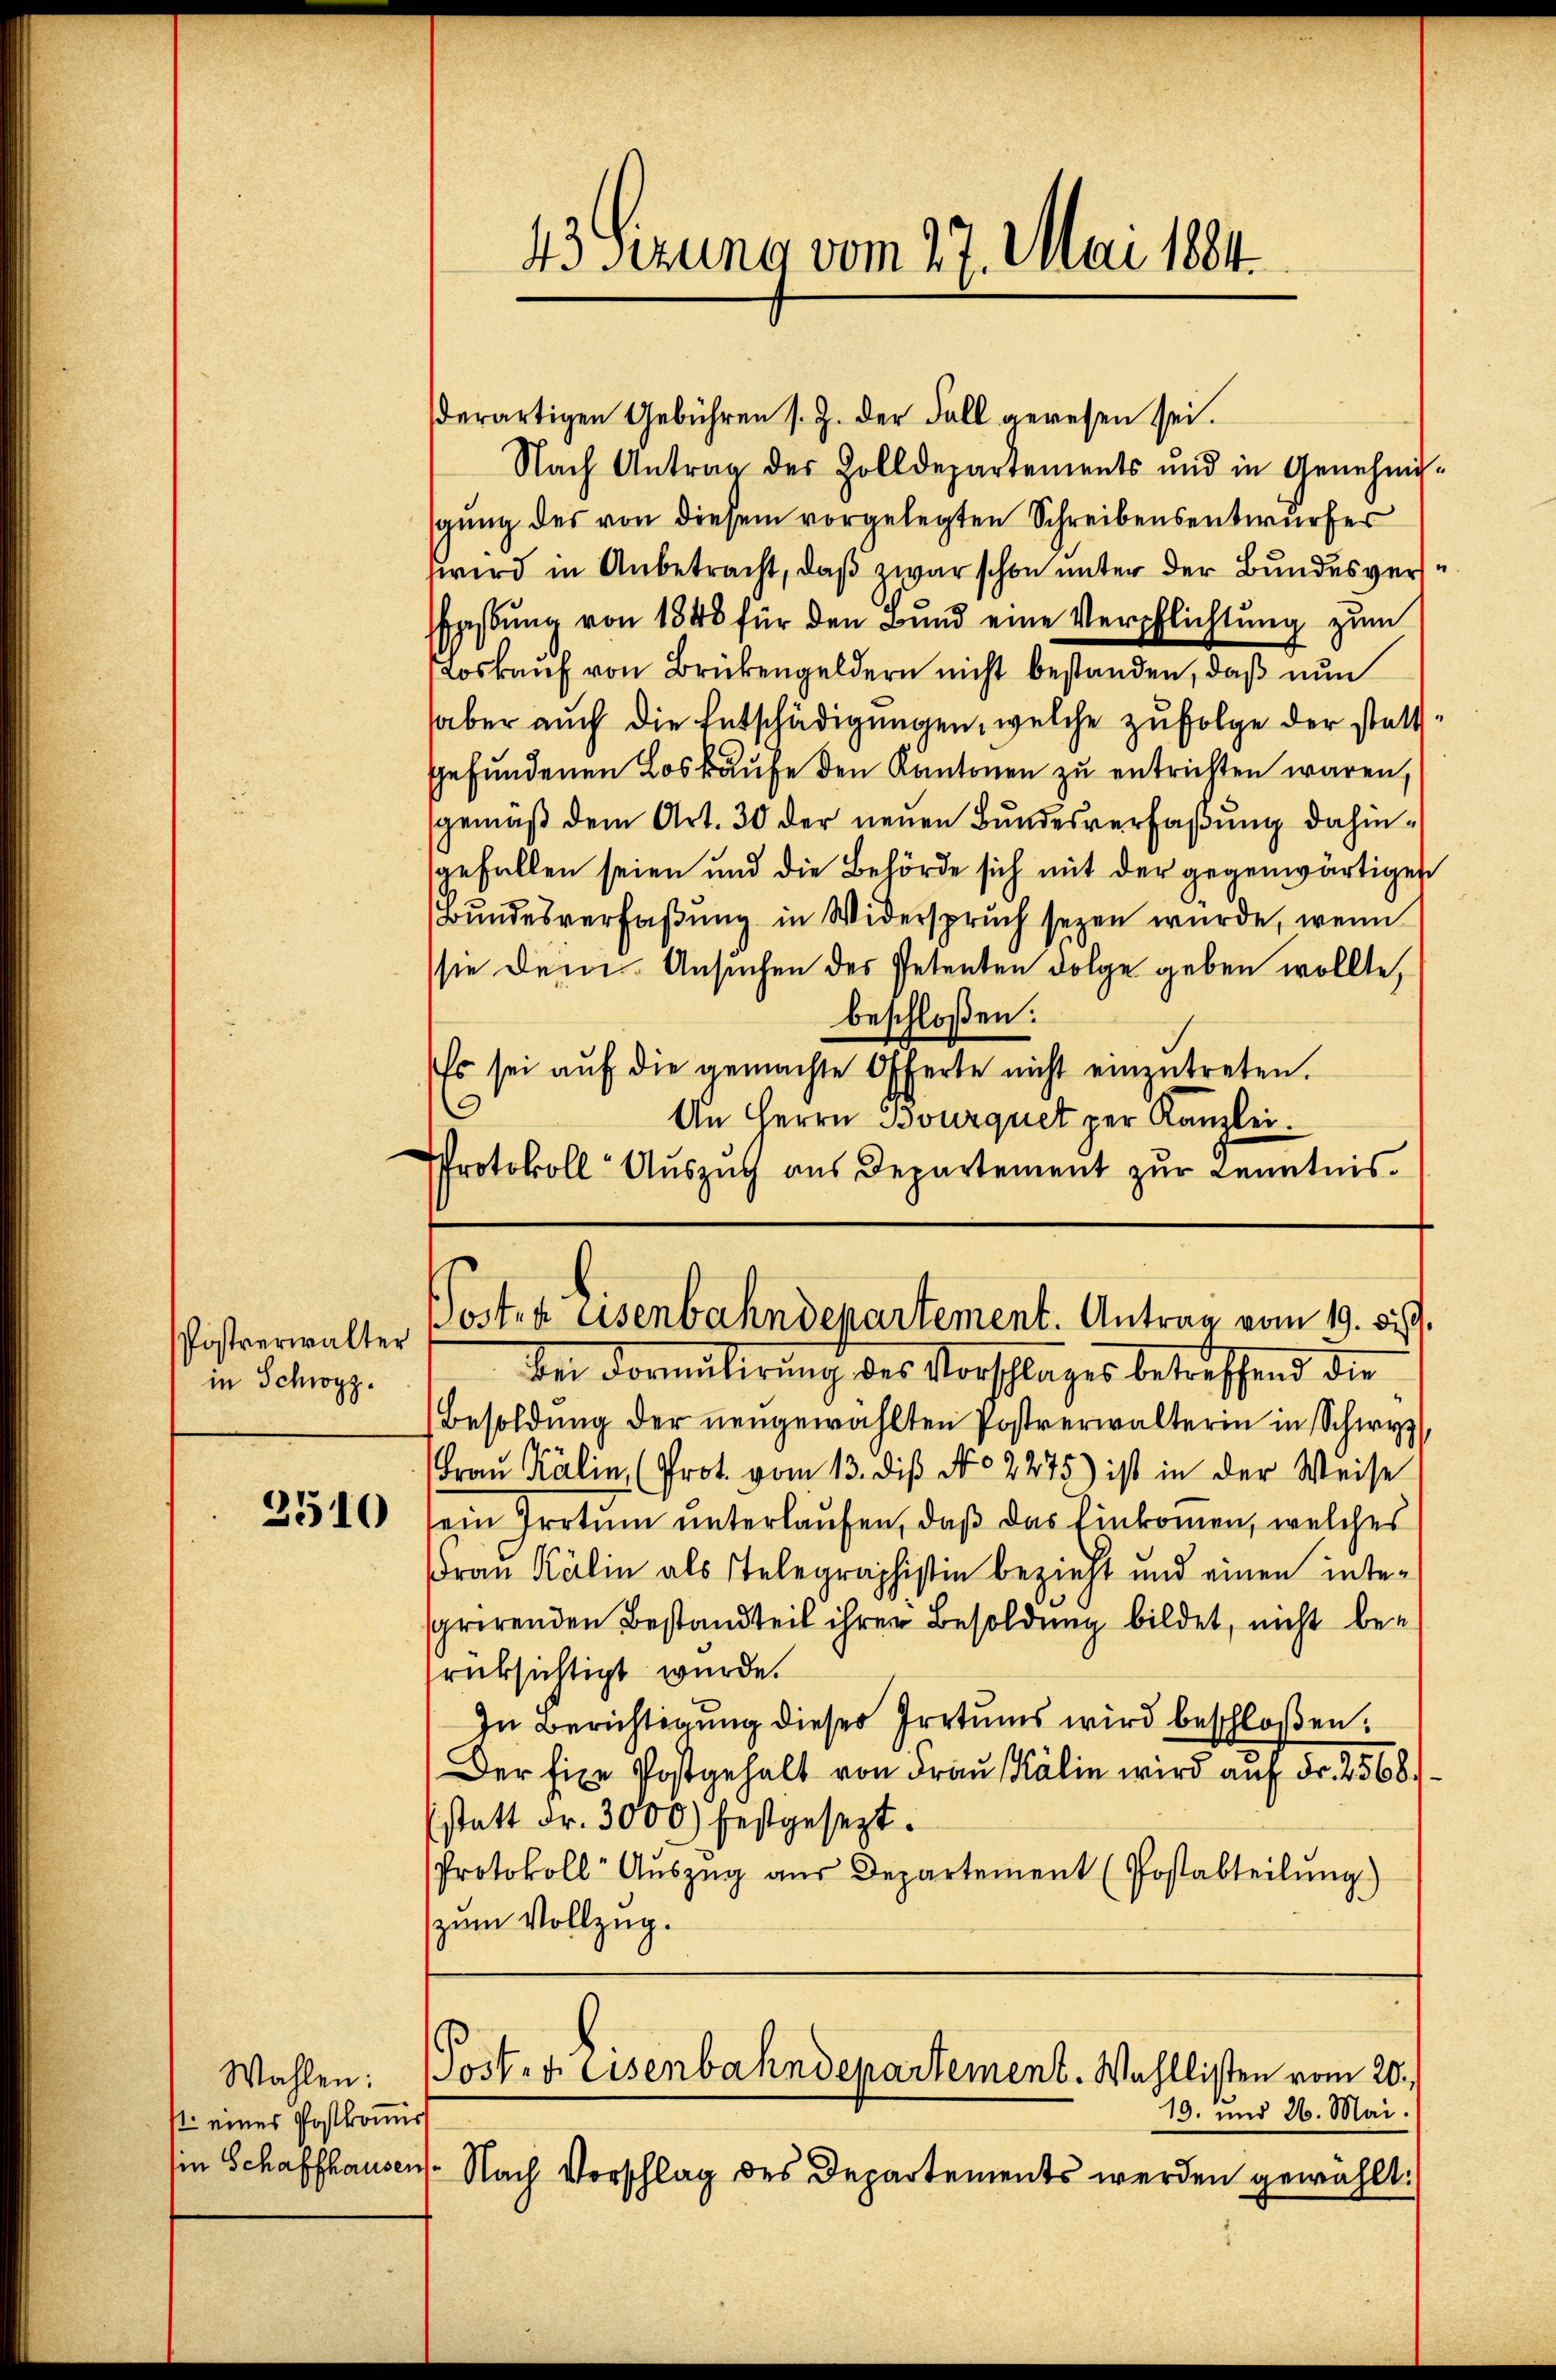
Postverwalter
in Schwyz.

2510

derartigen Gebühren s. Z. der Fall gewesen sei.
Nach Antrag der Zolldepartements und in Genehmi-
sgung des von diesem vorgelegten Schreibensentwurfes
wird in Anbetracht, daß zwar schon unter der Bundesvershgstung von 1848 für den Bund eine Verpflichtung zum
Loskauf von Brückengeldern nicht bestanden, daß nun
aber auch die Entschädigungen, welche zufolge der stattgefundenen Loskaufe den Kantonen zu entrichten waren,
gemäß dem Art. 30 der neuen Bundesverfaßung dahingefallen seien und die Behörde sich mit der gegenwärtigen
Bundesverfaßung in Widerspruch seyen wurde, wenn
sie dem Ansuchen des Petenten Folge geben wollte,
beschloßen:
Es sei aŭf die gemachte Offerte nicht einzŭtreten.
0
An Herrn Bourquet per Kanzlei.
Protokoll Auszug aus Departement zur Kenntnis.

Wahlen:
st eines Postkomis
Ein Schaffhausen

43 Sizung vom 27. Mai 1841.

Posten Eisenbahndepartement. Antrag vom 19. 89.

über Formulirung des Vorschlages betreffend die
Besoldŭng der neŭgewählten Postverwalterin in Schwyz
Fraŭ Kälin (Prot. vom 13. diβ No 2275) ist in der Weise
ein Irrtum unterlaufen, daß das Einkommen, welches
Frau Kälin als Telegraphistin bezieht und einen intescrirenden Bestandteil ihrer Besoldung bildet, nicht berüksichtigt wurde.
In Berichtigung dieser Irrtums wird beschloßen:
Der fixe Postgehalt von Frau Kälin wird auf Fr. 2568.
sstatt Fr. 3000) festgesezt.
Protokoll- Aŭszŭg aŭs Departement (Postabteilŭng)
zum Vollzug.
Poster Eisenbahndepartement. Wahllisten vom 20.
19. und 26. Mai.
s
Nach Vorschlag des Departements werden gewählt.